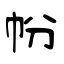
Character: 帉